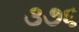
૩૭૬